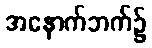
အနောက်ဘက်၌